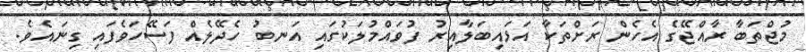
މުޖްތަބާ ރާއްޖޭގެ އެހެން ރަށްތަކާ އަޅައިބަލާއިރު ފުވައްމުލަކުގައި އަނބު ހެދޭލެއް ފަސޭހަވެފައި ގިނައެވެ.